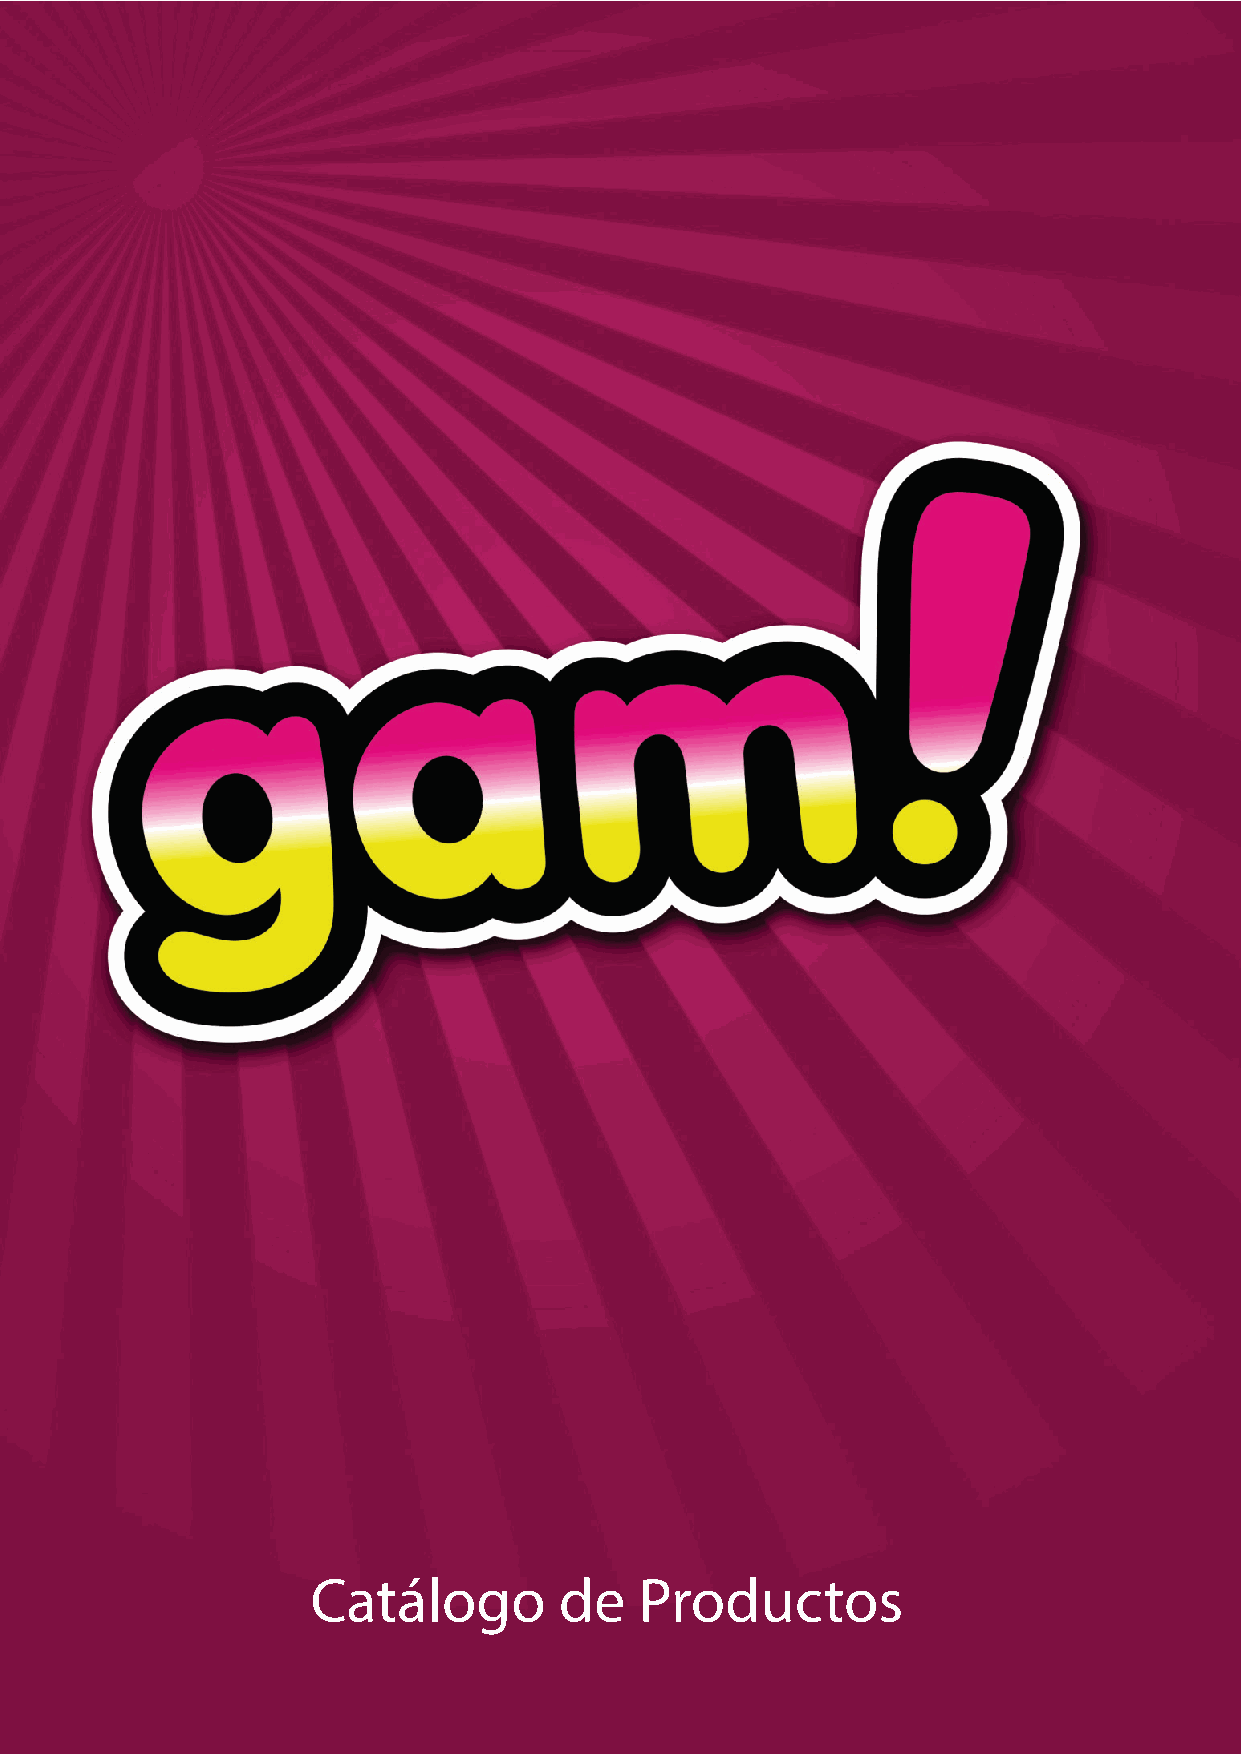
Catálogo               de      Productos
 Catálogo        de   Productos